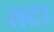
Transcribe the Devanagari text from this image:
तटा